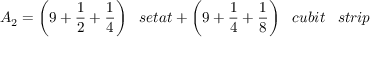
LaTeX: A _ { 2 } = { \bigg ( } 9 + { \frac { 1 } { 2 } } + { \frac { 1 } { 4 } } { \bigg ) } \; \; \; s e t a t + { \bigg ( } 9 + { \frac { 1 } { 4 } } + { \frac { 1 } { 8 } } { \bigg ) } \; \; \; c u b i t \; \; \; s t r i p